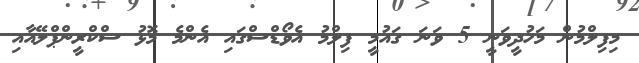
މިފިލްމުން މަހުދީވަނީ 5 ވަނަ ގައުމީ ފިލްމު އެވޯޑްސްގައި އެންމެ މޮޅު ސްކްރީންޕްލޭއާއި